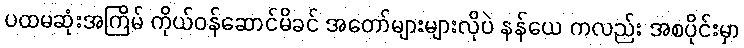
ပထမဆုံးအကြိမ် ကိုယ်ဝန်ဆောင်မိခင် အတော်များများလိုပဲ နန်ယေ ကလည်း အစပိုင်းမှာ